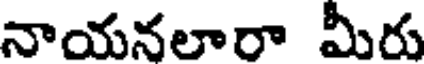
నాయనలారా మీరు